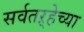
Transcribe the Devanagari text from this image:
सर्वतऱ्हेच्या